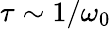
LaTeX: \tau\sim 1/\omega_{0}